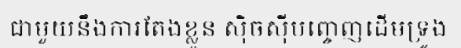
ជាមួយនឹងការតែងខ្លួន ស៊ិចស៊ីបញ្ចេញដើមទ្រូង